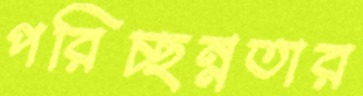
পরিচ্ছন্নতার